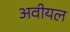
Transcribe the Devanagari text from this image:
अवीयल